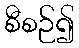
စီစဉ်၍